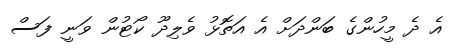
އެ ދެ މީހުންގެ ބަންދަށް އެ އަތޮޅު ވެލިދޫ ކޯޓުން ވަނީ ފަސް